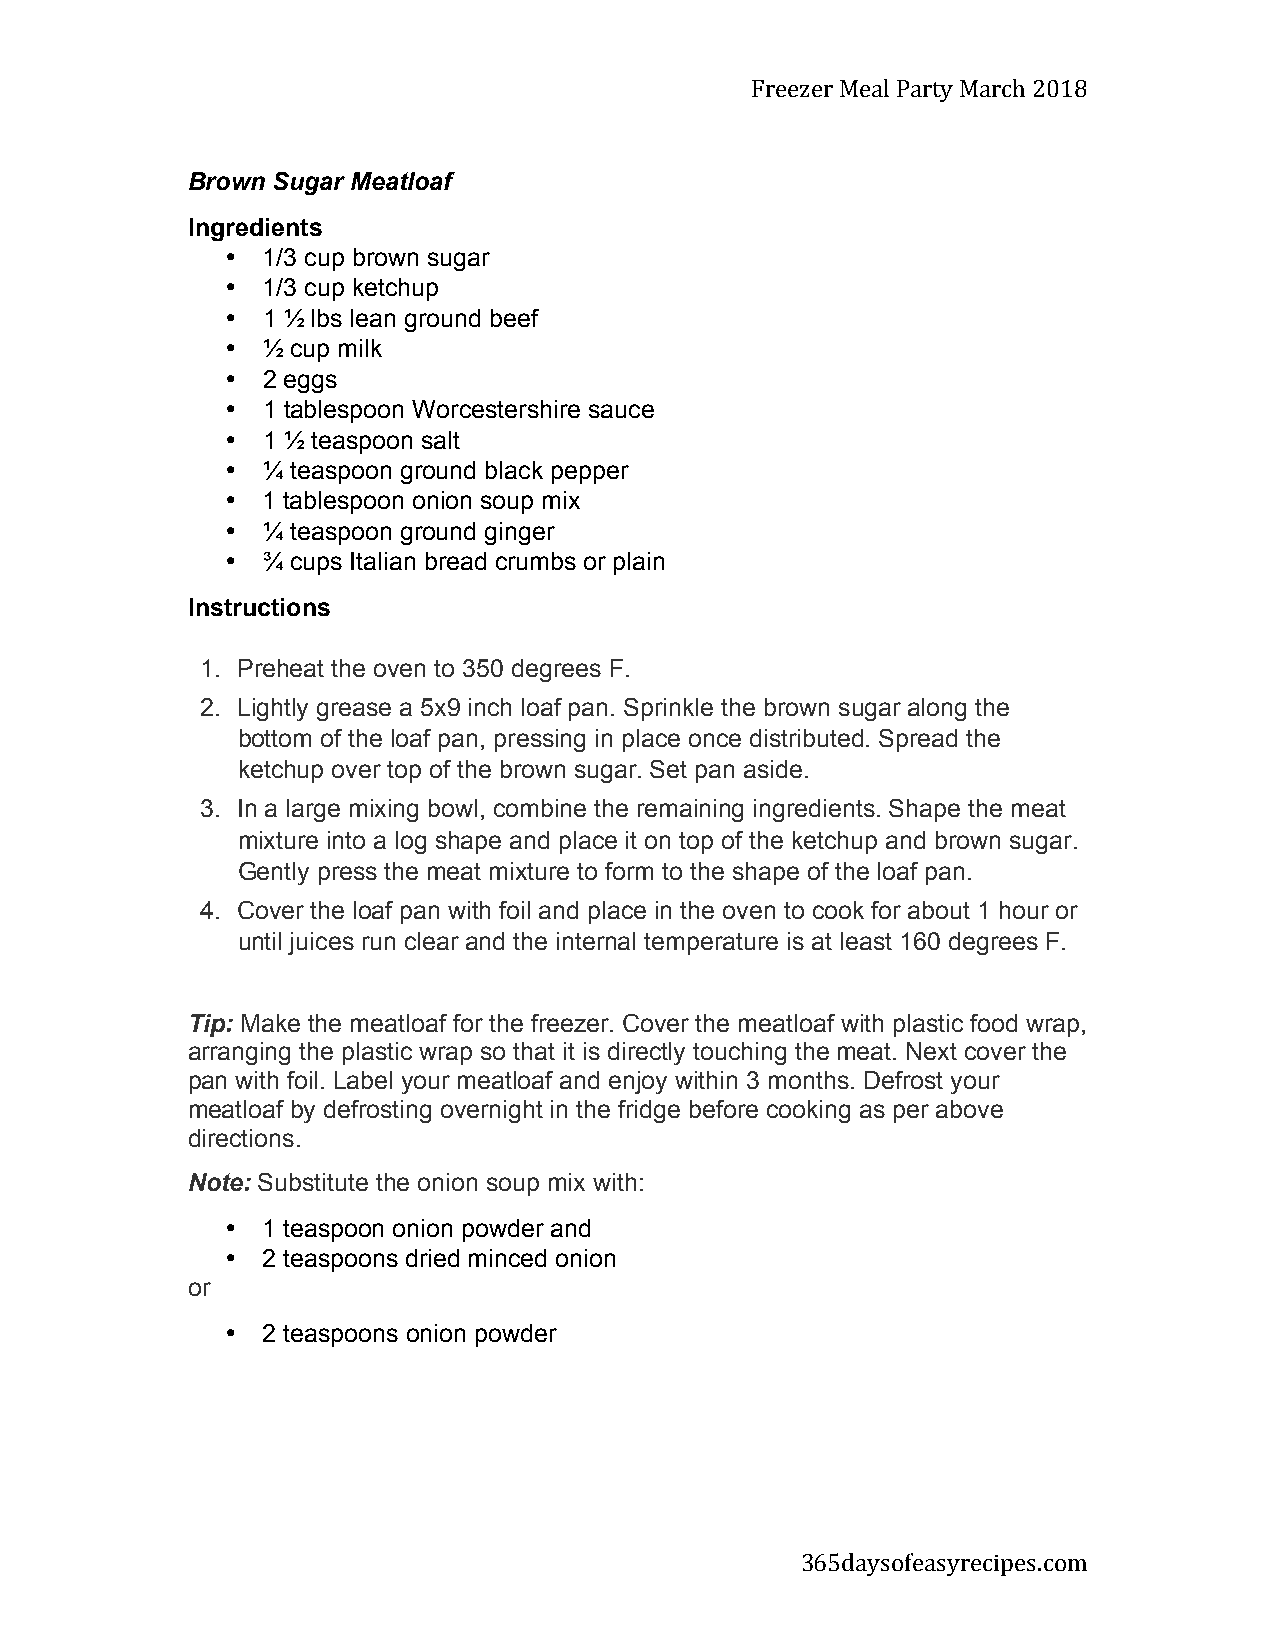
Freezer Meal Party March 2018
 Brown Sugar Meatloaf
 Ingredients
 • 1/3 cup brown sugar
 • 1/3 cup ketchup
 • 1 ½ lbs lean ground beef
 • ½ cup milk
 • 2 eggs
 • 1 tablespoon Worcestershire sauce
 • 1 ½ teaspoon salt
 • ¼ teaspoon ground black pepper
 • 1 tablespoon onion soup mix
 • ¼ teaspoon ground ginger
 • ¾ cups Italian bread crumbs or plain
 Instructions
 1. Preheat the oven to 350 degrees F.
 2. Lightly grease a 5x9 inch loaf pan. Sprinkle the brown sugar along the
 bottom of the loaf pan, pressing in place once distributed. Spread the
 ketchup over top of the brown sugar. Set pan aside.
 3. In a large mixing bowl, combine the remaining ingredients. Shape the meat
 mixture into a log shape and place it on top of the ketchup and brown sugar.
 Gently press the meat mixture to form to the shape of the loaf pan.
 4. Cover the loaf pan with foil and place in the oven to cook for about 1 hour or
 until juices run clear and the internal temperature is at least 160 degrees F.
 Tip: Make the meatloaf for the freezer. Cover the meatloaf with plastic food wrap,
 arranging the plastic wrap so that it is directly touching the meat. Next cover the
 pan with foil. Label your meatloaf and enjoy within 3 months. Defrost your
 meatloaf by defrosting overnight in the fridge before cooking as per above
 directions.
 Note: Substitute the onion soup mix with:
 • 1 teaspoon onion powder and
 • 2 teaspoons dried minced onion
 or
 • 2 teaspoons onion powder
 365daysofeasyrecipes.com